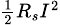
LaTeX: \scriptstyle{{\frac{1}{2}}R_{s}I^{2}}